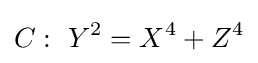
C:\ Y^{2}=X^{4}+Z^{4}